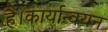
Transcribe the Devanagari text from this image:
हैं।कार्यान्वयन